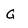
Character: G